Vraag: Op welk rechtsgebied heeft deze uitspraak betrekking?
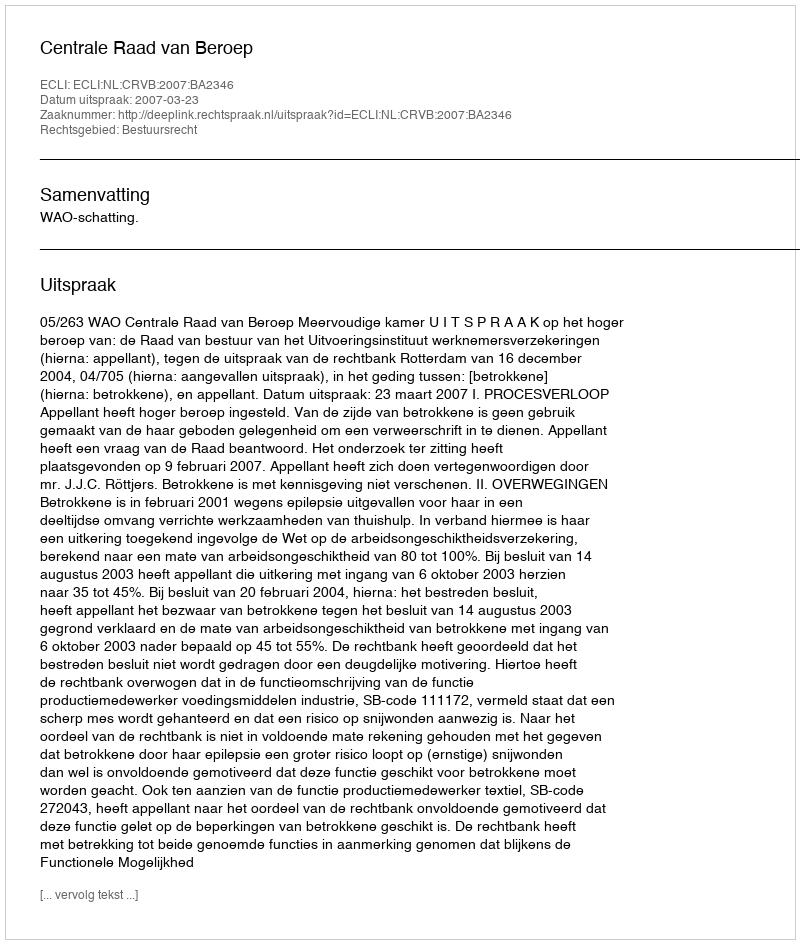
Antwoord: Bestuursrecht